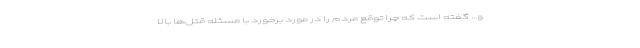
و... گفته است كه چرا توقع مردم را در مورد برخورد با مسئله قتل‌ها بالا